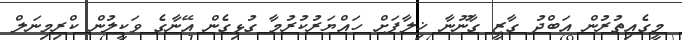
މީގެއިތުރުން އަބްދު ގާޒީ ގާނޫނާ ޚިލާފަށް ހައްޔަރުކުރުމާ ގުޅިގެން އޭނާގެ ވަކީލުން ކްރިމިނަލް